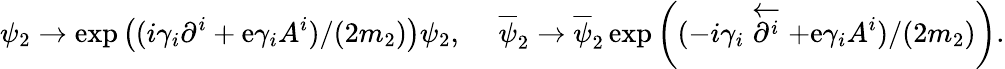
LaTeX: \psi_{2}\rightarrow\exp\left((i\gamma_{i}\partial^{i}+\mathrm{e}\gamma_{i}A^{i})/(2m_{2})\right)\psi_{2},\ \ \ \ \ \overline{{{\psi}}}_{2}\rightarrow\overline{{{\psi}}}_{2}\exp\left((-i\gamma_{i}\stackrel{\leftarrow}{\partial^{i}}+\mathrm{e}\gamma_{i}A^{i})/(2m_{2})\right).